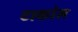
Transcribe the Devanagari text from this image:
टाकोस